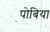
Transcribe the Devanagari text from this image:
पोबिया